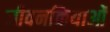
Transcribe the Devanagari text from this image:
जीवनक्रियाओं